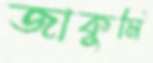
জাকুমি